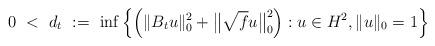
LaTeX: \begin{align*}0\ <\ d_t\ :=\ \inf\left\{\left(\|B_t u\|_0^2+\big\|\sqrt{f} u\big\|_0^2\right): u\in H^2,\|u\|_0=1\right\}\,\end{align*}